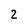
Character: 2